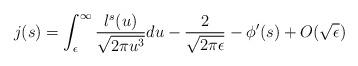
LaTeX: \begin{align*}j(s)=\int_{\epsilon}^{\infty} \frac{l^s(u)}{\sqrt{2\pi u^3}}du-\frac{2}{\sqrt{2\pi \epsilon}}-\phi'(s)+O(\sqrt{\epsilon})\end{align*}